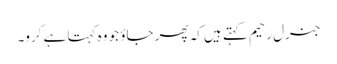
جنرل رحیم کہتے ہیں کہ پھر جاؤ جو وہ کہتا ہے کرو۔